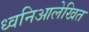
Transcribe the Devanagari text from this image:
ध्वनिआलेखित